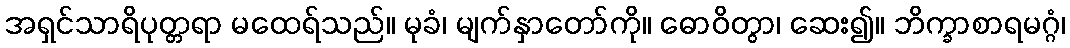
အရှင်သာရိပုတ္တရာ မထေရ်သည်။ မုခံ၊ မျက်နှာတော်ကို။ ဓောဝိတွာ၊ ဆေး၍။ ဘိက္ခာစာရမဂ္ဂံ၊